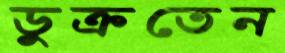
ডুক্‌রতেন